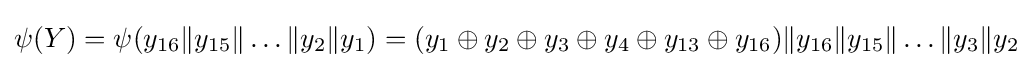
\psi (Y)=\psi (y_{16}{\mathcal {k}}y_{15}{\mathcal {k}}\ldots {\mathcal {k}}y_{2}{\mathcal {k}}y_{1})=(y_{1}\oplus y_{2}\oplus y_{3}\oplus y_{4}\oplus y_{13}\oplus y_{16}){\mathcal {k}}y_{16}{\mathcal {k}}y_{15}{\mathcal {k}}\ldots {\mathcal {k}}y_{3}{\mathcal {k}}y_{2}